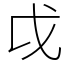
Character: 戉